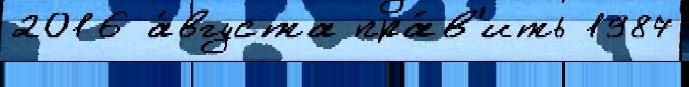
2016 а́вгуста пра́в'ить 1987